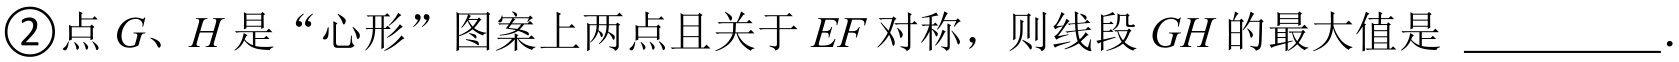
\textcircled{2}点\(G\)、\(H\)是“心形”图案上两点且关于\(EF\)对称，则线段\(GH\)的最大值是 \_\_\_\_\_\_ ．